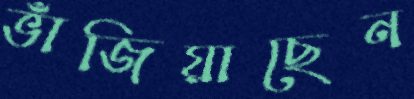
ভাঁজিয়াছেন